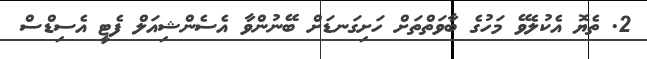
2. ތެޔޮ އެކުލެވޭ މަހުގެ ބާވަތްތަށް ހަށިގަނޑަށް ބޭނުންވާ އެސެންޝިއަލް ފެޓީ އެސިޑްސް